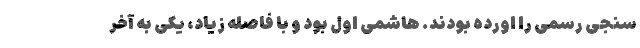
سنجی رسمی را اورده بودند. هاشمی اول بود و با فاصله زیاد، یکی به آخر